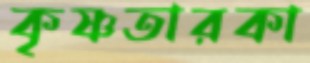
কৃষ্ণতারকা